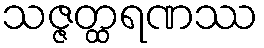
သဇ္ဇတ္ထရဏဿ